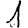
Digit: 1